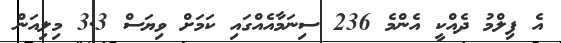
އެ ފިލްމު ދެއްކީ އެންމެ 236 ސިނަމާއެއްގައި ކަމަށް ވިޔަސް 3.3 މިލިއަން